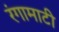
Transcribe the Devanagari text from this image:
रंगामाटी